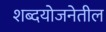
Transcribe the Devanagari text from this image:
शब्दयोजनेतील